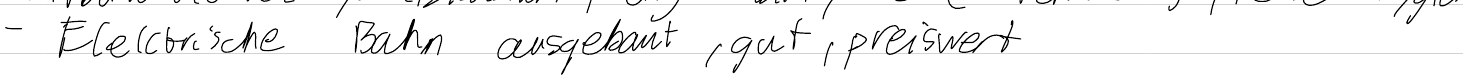
- Elektrische Bahn ausgebaut, gut, preiswert